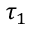
\tau _ { 1 }